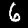
Digit: 6